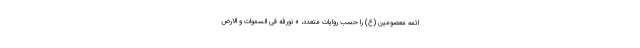
ائمه معصومین (ع) را حسب روایات متعدد، « نورالله فی السموات و الارض